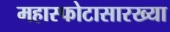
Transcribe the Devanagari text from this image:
महास्फोटासारख्या